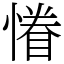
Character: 慻